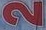
2